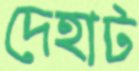
দেহাট